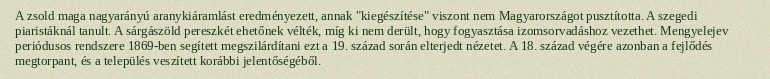
A zsold maga nagyarányú aranykiáramlást eredményezett, annak "kiegészítése" viszont nem Magyarországot pusztította. A szegedi piaristáknál tanult. A sárgászöld pereszkét ehetőnek vélték, míg ki nem derült, hogy fogyasztása izomsorvadáshoz vezethet. Mengyelejev periódusos rendszere 1869-ben segített megszilárdítani ezt a 19. század során elterjedt nézetet. A 18. század végére azonban a fejlődés megtorpant, és a település veszített korábbi jelentőségéből.